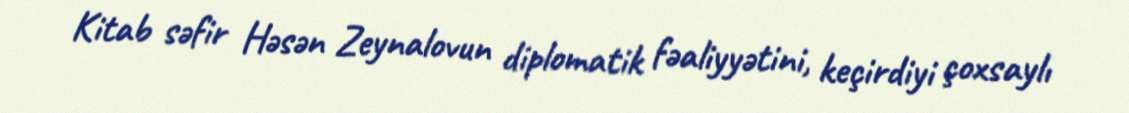
Kitab səfir Həsən Zeynalovun diplomatik fəaliyyətini, keçirdiyi çoxsaylı